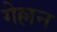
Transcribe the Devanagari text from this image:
गेल्लन